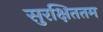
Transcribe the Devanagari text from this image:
सुरक्षिततम